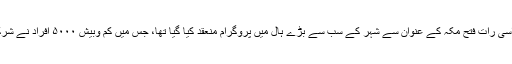
گزشتہ سال اسی رات فتح مکہ کے عنوان سے شہر کے سب سے بڑے ہال میں پروگرام منعقد کیا گیا تھا، جس میں کم وبیش ۵۰۰۰ افراد نے شرکت کی تھی۔